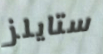
ستايلز